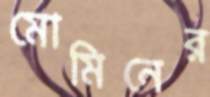
মোমিনের